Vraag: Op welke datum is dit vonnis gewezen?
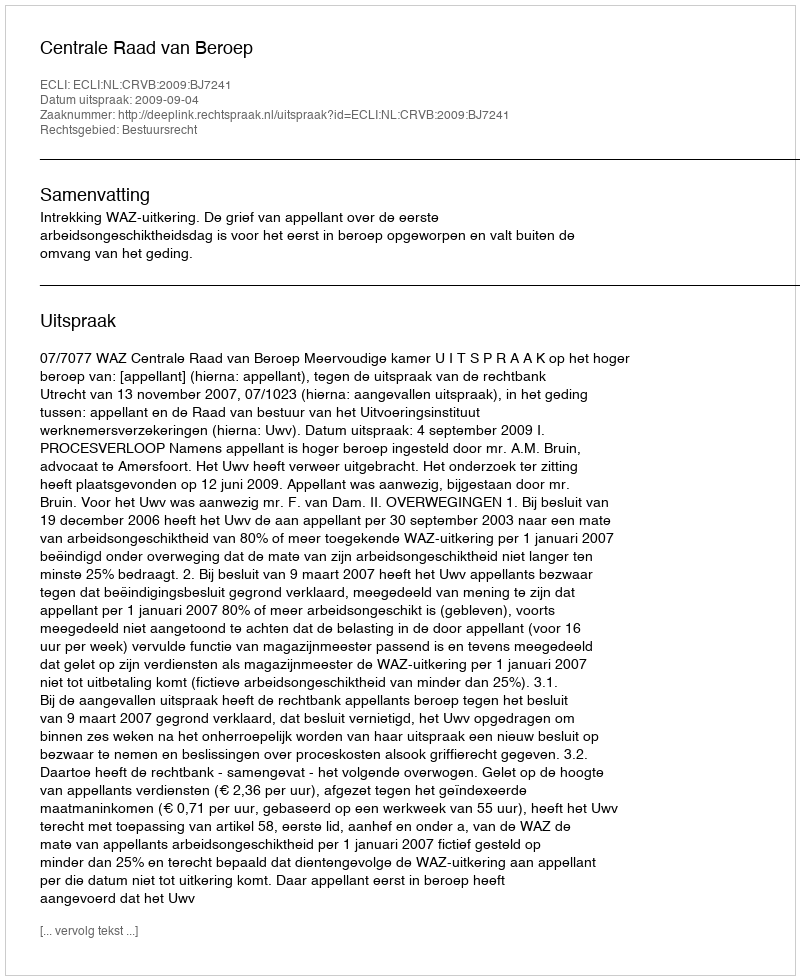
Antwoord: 2009-09-04